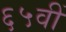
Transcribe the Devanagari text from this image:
६५वीं